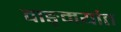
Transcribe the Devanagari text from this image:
वाङ्‌मयांत